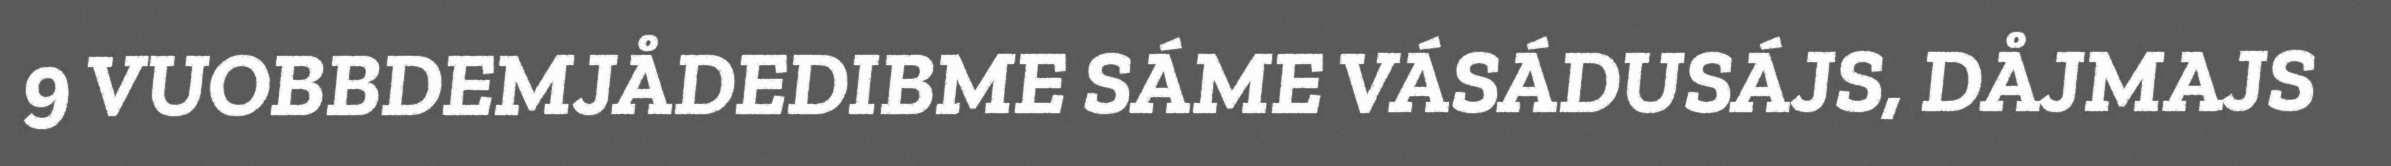
9 VUOBBDEMJÅDEDIBME SÁME VÁSÁDUSÁJS, DÅJMAJS